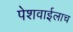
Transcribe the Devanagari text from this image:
पेशवाईलाच